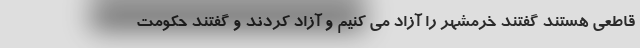
قاطعی هستند گفتند خرمشهر را آزاد می کنیم و آزاد کردند و گفتند حکومت